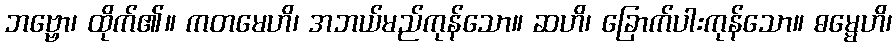
ဘဗ္ဗော၊ ထိုက်၏။ ကတမေဟိ၊ အဘယ်မည်ကုန်သော။ ဆဟိ၊ ခြောက်ပါးကုန်သော။ ဓမ္မေဟိ၊